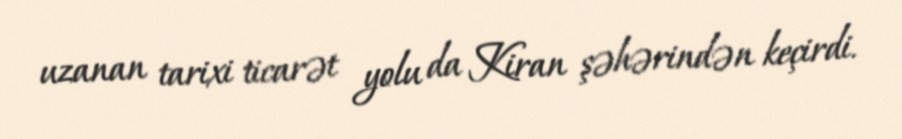
uzanan tarixi ticarət yolu da Kiran şəhərindən keçirdi.